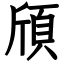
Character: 頎